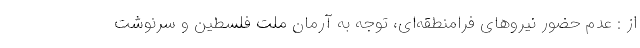
از : عدم حضور نیروهای فرامنطقه‌ای، توجه به آرمان ملت فلسطین و سرنوشت